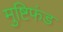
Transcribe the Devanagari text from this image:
मुष्टिफंड